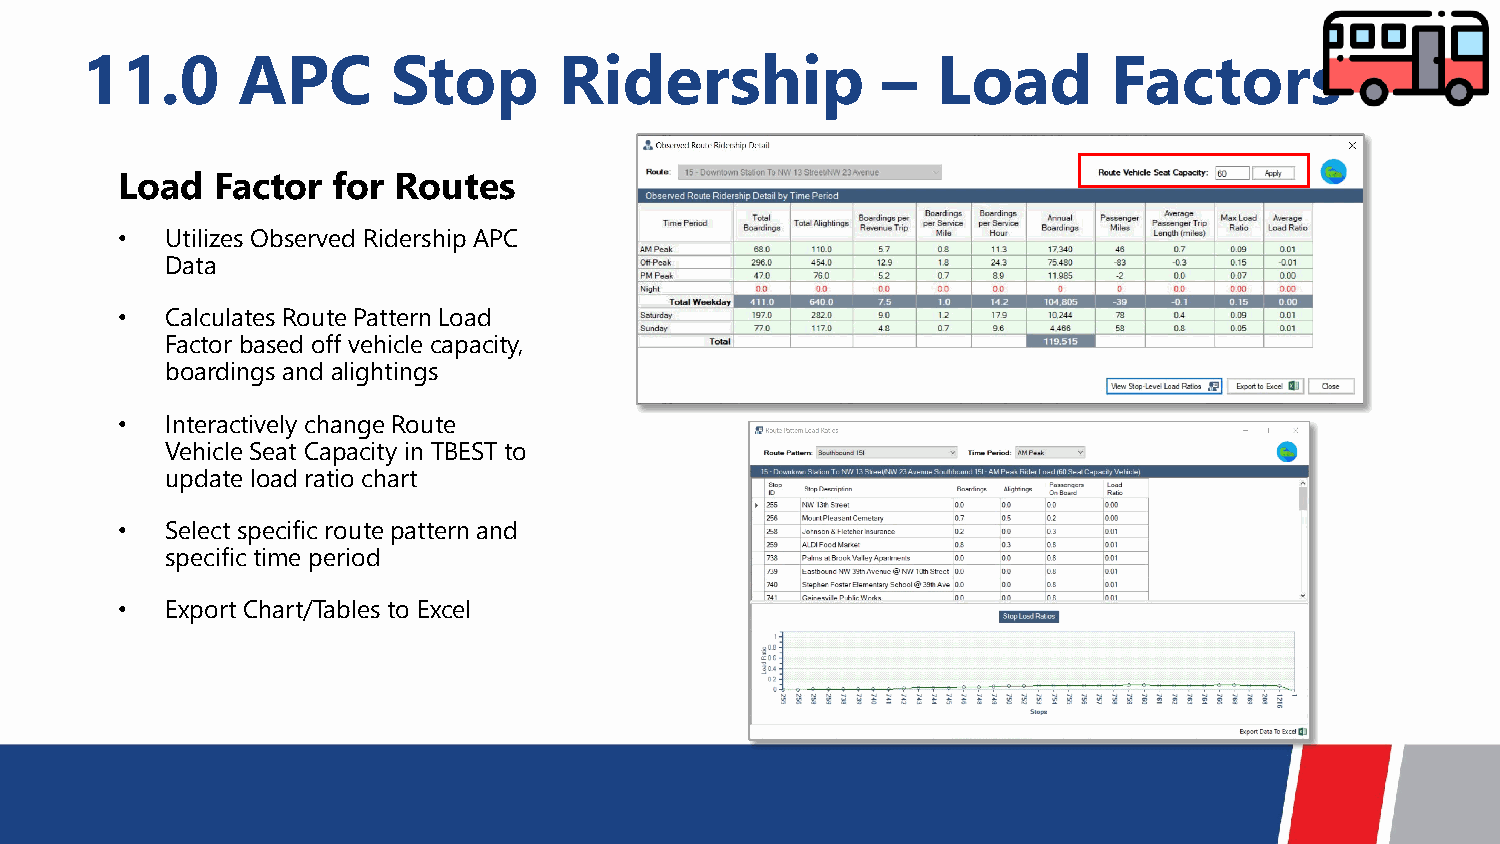
11.0       APC       Stop       Ridership            –   Load        Factors
 Load  Factor  for Routes
 •  Utilizes Observed Ridership APC
 Data
 •  Calculates Route Pattern Load
 Factor based off vehicle capacity,
 boardingsand alightings
 •  Interactively change Route
 Vehicle Seat Capacity in TBEST to
 update load ratio chart
 •  Select specific route pattern and
 specific time period
 •  Export Chart/Tables to Excel